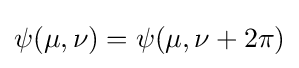
\psi (\mu ,\nu )=\psi (\mu ,\nu +2\pi )